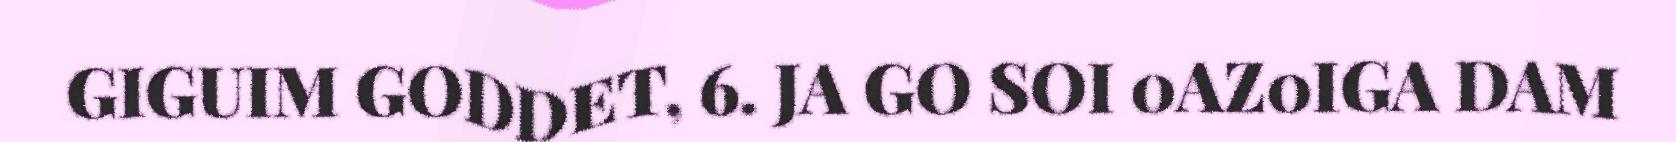
GIGUIM GODDET, 6. JA GO SOI 0AZ0IGA DAM